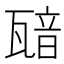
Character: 𤭵